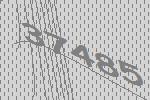
37485